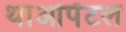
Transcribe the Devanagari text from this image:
थाओपेंटल